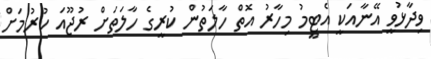
ވިދާޅުވީ އޭނާއަކީ އެޓީމު މިހާރު އޮތް ހާލަތުން ކުރީގެ ހާލަތަށް ރުޖޫއަ ކުރުމަށް